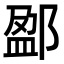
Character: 𨜏